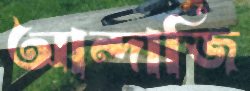
আন্দাজি